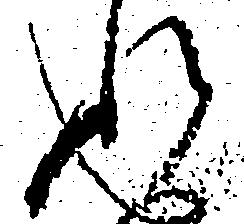
れ